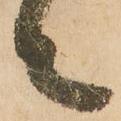
之